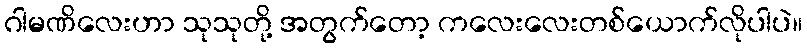
ဂါမဏိလေးဟာ သုသုတို့ အတွက်တော့ ကလေးလေးတစ်ယောက်လိုပါပဲ။